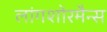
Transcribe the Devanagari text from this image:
लांगशोरमैन्स